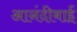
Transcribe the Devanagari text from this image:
आनंदीबाईं